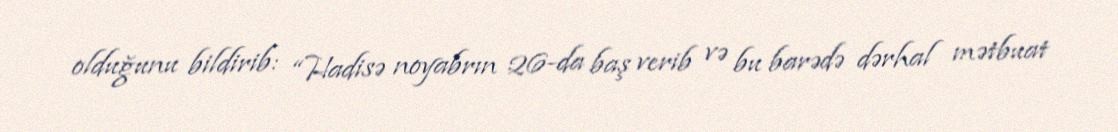
olduğunu bildirib: “Hadisə noyabrın 26-da baş verib və bu barədə dərhal mətbuat